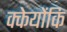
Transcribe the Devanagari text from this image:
क्केयोंकि